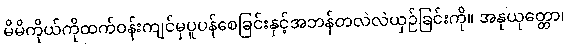
မိမိကိုယ်ကိုထက်ဝန်းကျင်မှပူပန်စေခြင်းနှင့်အဘန်တလဲလဲယှဉ်ခြင်းကို။ အနုယုတ္တော၊